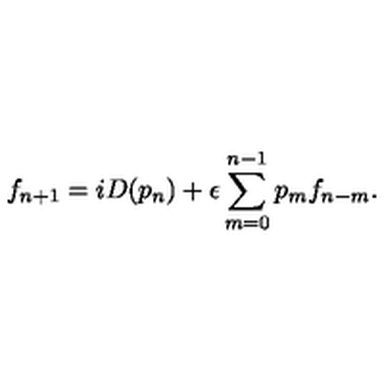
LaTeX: f _ { n + 1 } = i D ( p _ { n } ) + \epsilon \sum _ { m = 0 } ^ { n - 1 } p _ { m } f _ { n - m } .